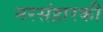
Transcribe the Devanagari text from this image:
नरसंहारकी